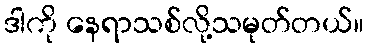
ဒါကို နေရာသစ်လို့သမုတ်တယ်။